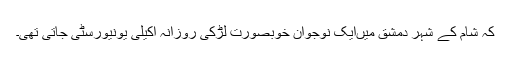
کہ شام کے شہر دمشق میںایک نوجوان خوبصورت لڑکی روزانہ اکیلی یونیورسٹی جاتی تھی۔